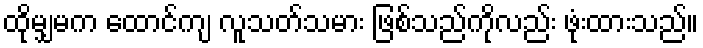
ထိုမျှမက ထောင်ကျ လူသတ်သမား ဖြစ်သည်ကိုလည်း ဖုံးထားသည်။